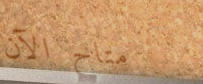
متاح الآن